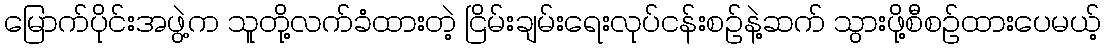
မြောက်ပိုင်းအဖွဲ့က သူတို့လက်ခံထားတဲ့ ငြိမ်းချမ်းရေးလုပ်ငန်းစဉ်နဲ့ဆက် သွားဖို့စီစဉ်ထားပေမယ့်